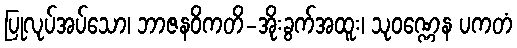
ပြုလုပ်အပ်သော၊ ဘာဇနဝိကတိ-အိုးခွက်အထူး၊ သုဝဏ္ဏေန ပကတံ